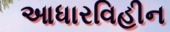
આધારવિહીન